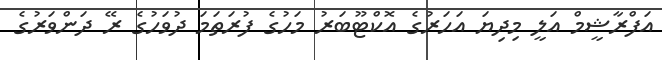
އަފްރާޝީމް އަލީ މިދިޔަ އަހަރުގެ އޮކްޓޫބަރު މަހުގެ ފުރަތަމަ ދުވަހުގެ ރޭ ދަންވަރުގެ